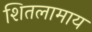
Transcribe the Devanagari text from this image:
शितलामाय